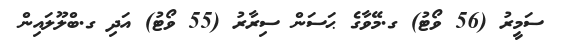
ސަމީރު (56 ވޯޓު) ގ.މޭވާގެ ޙަސަން ސިރާރު (55 ވޯޓު) އަދި ގ.ބްލޫލައިން